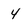
Character: 4